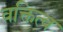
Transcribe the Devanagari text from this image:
वक्तित्व